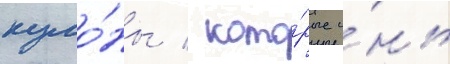
куло́ны / кото́рые и́нь